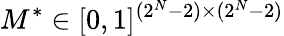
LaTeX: M^{\ast}\in[0,1]^{(2^{N}-2)\times(2^{N}-2)}